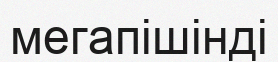
мегапішінді